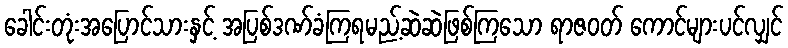
ခေါင်းတုံးအပြောင်သားနှင့် အပြစ်ဒဏ်ခံကြရမည့်ဆဲဆဲဖြစ်ကြသော ရာဇဝတ် ကောင်များပင်လျှင်